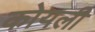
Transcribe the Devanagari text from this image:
कोयली